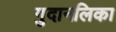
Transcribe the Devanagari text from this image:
गुदानलिका